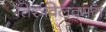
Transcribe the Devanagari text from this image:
तिरुविलवमल